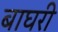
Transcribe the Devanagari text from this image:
बाघरी